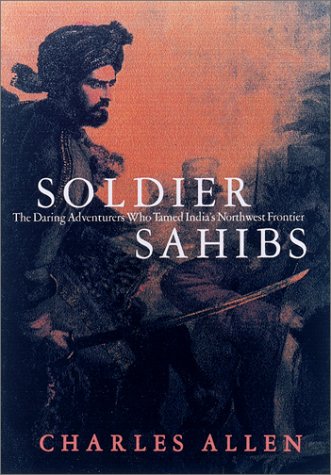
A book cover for Soldier Sahibs: The Daring Adventurers Who Tamed India's Northwest Frontier; Charles Allen; History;